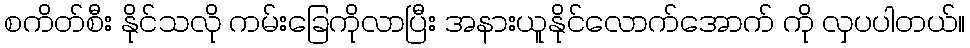
စကိတ်စီး နိုင်သလို ကမ်းခြေကိုလာပြီး အနားယူနိုင်လောက်အောက် ကို လှပပါတယ်။